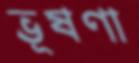
ভূষণা